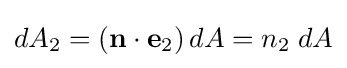
dA_{2}=\left(\mathbf {n} \cdot \mathbf {e} _{2}\right)dA=n_{2}\;dA